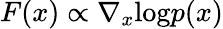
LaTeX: F(x)\propto\nabla_{x}\textrm{log}p(x)